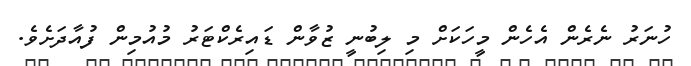
ހުނަރު ނެރެން އެހެން މީހަކަށް މި ލިބުނީ ޒުވާން ޑައިރެކްޓަރު މުއުމިން ފުއާދަށެވެ.